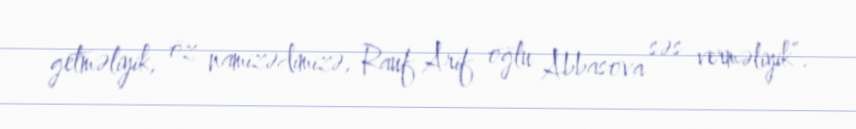
getməliyik, öz namizədimizə, Rauf Arif oğlu Abbasova səs verməliyik”.